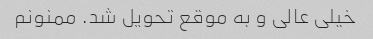
خیلی عالی و به موقع تحویل شد. ممنونم